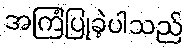
အကြံပြုခဲ့ပါသည်